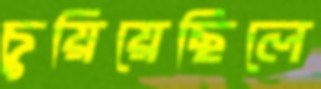
চুয়িয়েছিলে